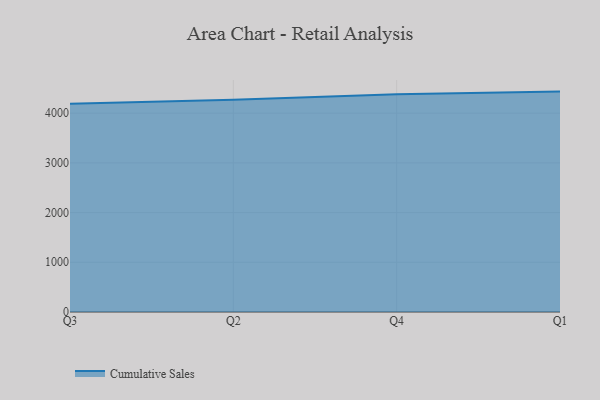
{"axis": {"x": "Quarter", "y": "LTV (USD)"}, "legend": ["Cumulative Sales"], "data": [{"x": "Q3", "y": 4191.1, "type": "Cumulative Sales"}, {"x": "Q2", "y": 4270.9, "type": "Cumulative Sales"}, {"x": "Q4", "y": 4380.7, "type": "Cumulative Sales"}, {"x": "Q1", "y": 4433.7, "type": "Cumulative Sales"}]}